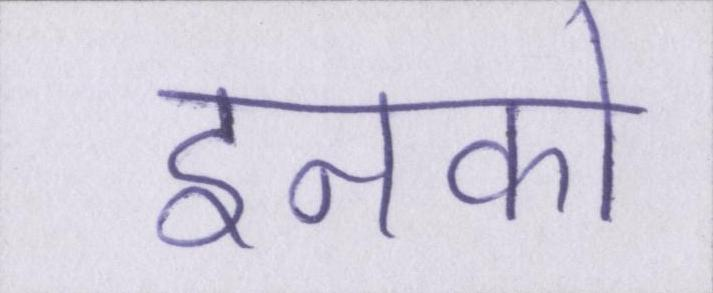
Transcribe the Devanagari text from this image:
इनको